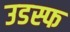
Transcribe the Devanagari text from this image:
उडस्फ